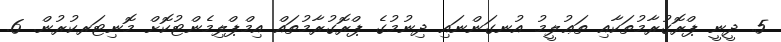
5. ދީނީ ޕްރޮގުރާމުތަކާއި ތަޢުލީމު އުނގަންނައި ދިނުމުގެ ޕްރޮގުރާމުތައް އިމްޕްލިމެންޓުކޮށް މޮނިޓަރކުރުން. 6.